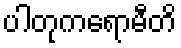
ပါတုကရောမီတိ